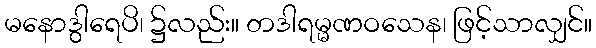
မနောဒွါရေပိ၊ ၌လည်း။ တဒါရမ္မဏဝသေန၊ ဖြင့်သာလျှင်။